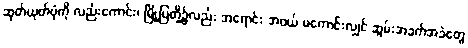
ဆုတ်ယုတ်ပုံကို လည်းကောင်း၊ မြို့ပြတို့၌လည်း အရောင်း အဝယ် မကောင်းလျှင် ဆွမ်းအခက်အခဲတွေ